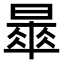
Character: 𣊚